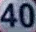
40